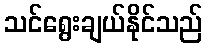
သင်ရွေးချယ်နိုင်သည်